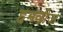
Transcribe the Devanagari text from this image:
हमवीज